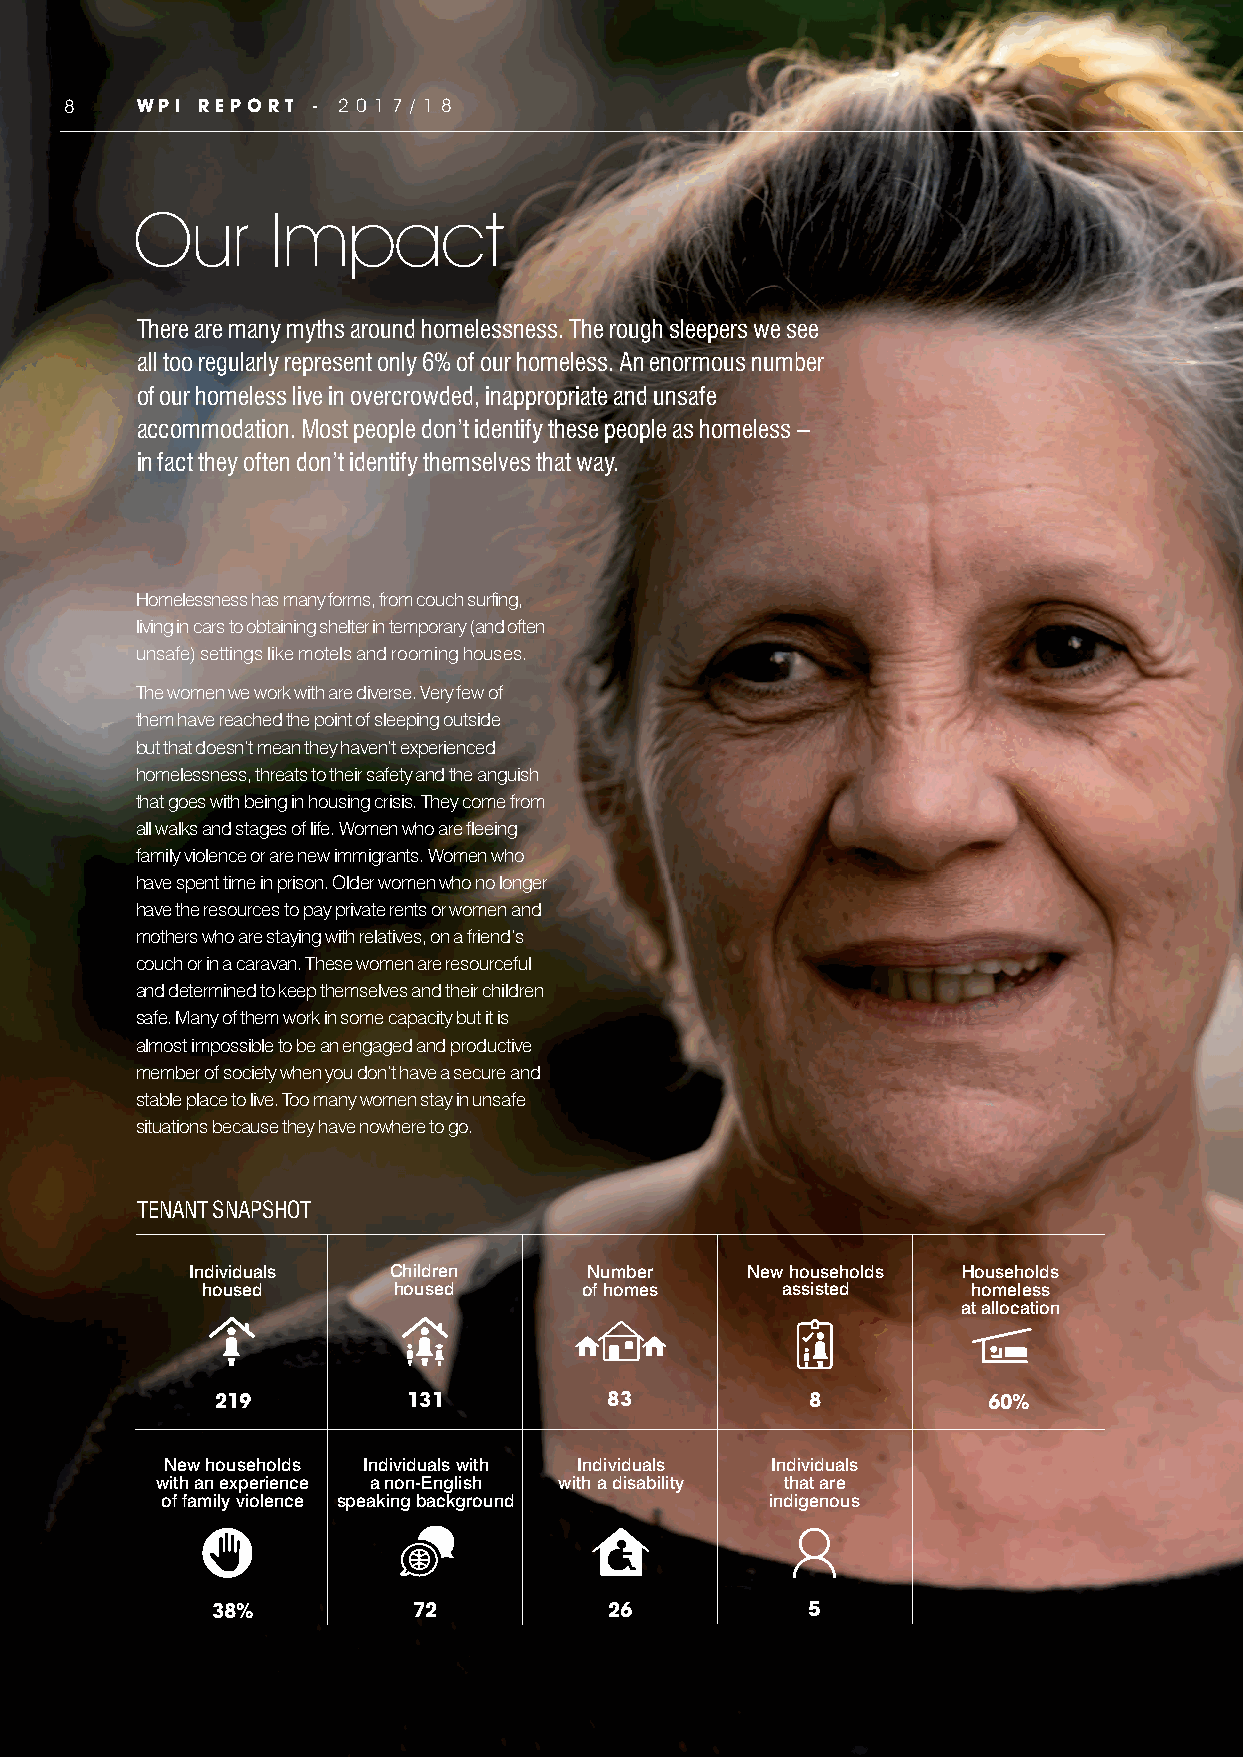
8    WPI REPORT  - 2 0 1 7 / 1 8
 Our      Impact
 There are many myths around homelessness. The rough sleepers we see
 all too regularly represent only 6% of our homeless. An enormous number
 of our homeless live in overcrowded, inappropriate and unsafe
 accommodation. Most people don’t identify these people as homeless –
 in fact they often don’t identify themselves that way.
 Homelessness has many forms, from couch surfing,
 living in cars to obtaining shelter in temporary (and often
 unsafe) settings like motels and rooming houses.
 The women we work with are diverse. Very few of
 them have reached the point of sleeping outside
 but that doesn’t mean they haven’t experienced
 homelessness, threats to their safety and the anguish
 that goes with being in housing crisis. They come from
 all walks and stages of life. Women who are fleeing
 family violence or are new immigrants. Women who
 have spent time in prison. Older women who no longer
 have the resources to pay private rents or women and
 mothers who are staying with relatives, on a friend’s
 couch or in a caravan. These women are resourceful
 and determined to keep themselves and their children
 safe. Many of them work in some capacity but it is
 almost impossible to be an engaged and productive
 member of society when you don’t have a secure and
 stable place to live. Too many women stay in unsafe
 situations because they have nowhere to go.
 TENANT SNAPSHOT
 Individuals   Children     Number    New households Households
 housed       housed      of homes      assisted    homeless
 at allocation
 219          131          83           8           60%
 New households Individuals with Individuals Individuals
 with an experience a non-English with a disability that are
 of family violence speaking background  indigenous
 38%          72           26           5